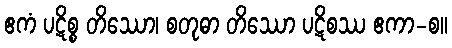
ဧကံ ပဋိစ္စ တိဿော၊ စတုဓာ တိဿော ပဋိစဿ ဧကာ-စ။